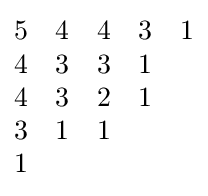
{\begin{matrix}5&4&4&3&1\\4&3&3&1&\\4&3&2&1&\\3&1&1&&\\1&&&&\end{matrix}}